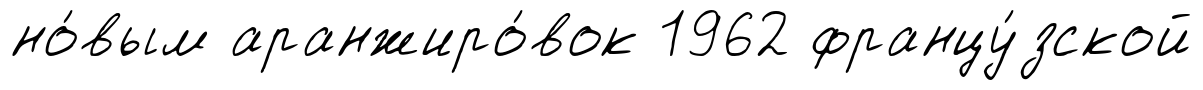
но́вым аранжиро́вок 1962 францу́зской